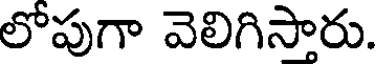
లోపుగా వెలిగిసారు.